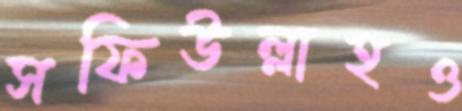
সফিউল্লাহও